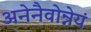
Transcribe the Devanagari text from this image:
अनेनैवोन्नेयं